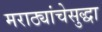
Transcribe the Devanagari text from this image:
मराठ्यांचेसुद्धा